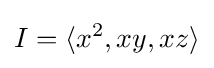
I=\langle x^{2},xy,xz\rangle